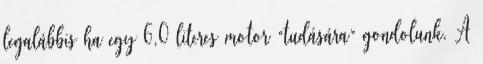
legalábbis ha egy 6,0 literes motor “tudására” gondolunk. A